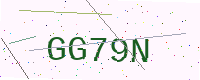
Text: GG79N